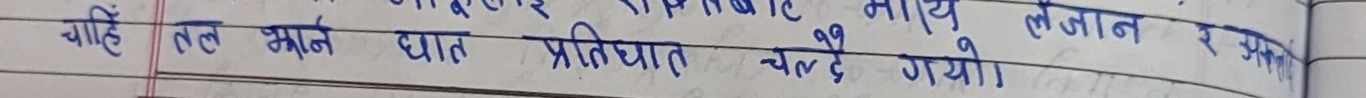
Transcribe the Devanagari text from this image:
चाँहि तल झार्ने घात प्रतिघात चल्दै गयो।